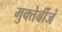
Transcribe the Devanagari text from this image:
मुक्तेर्बीजं